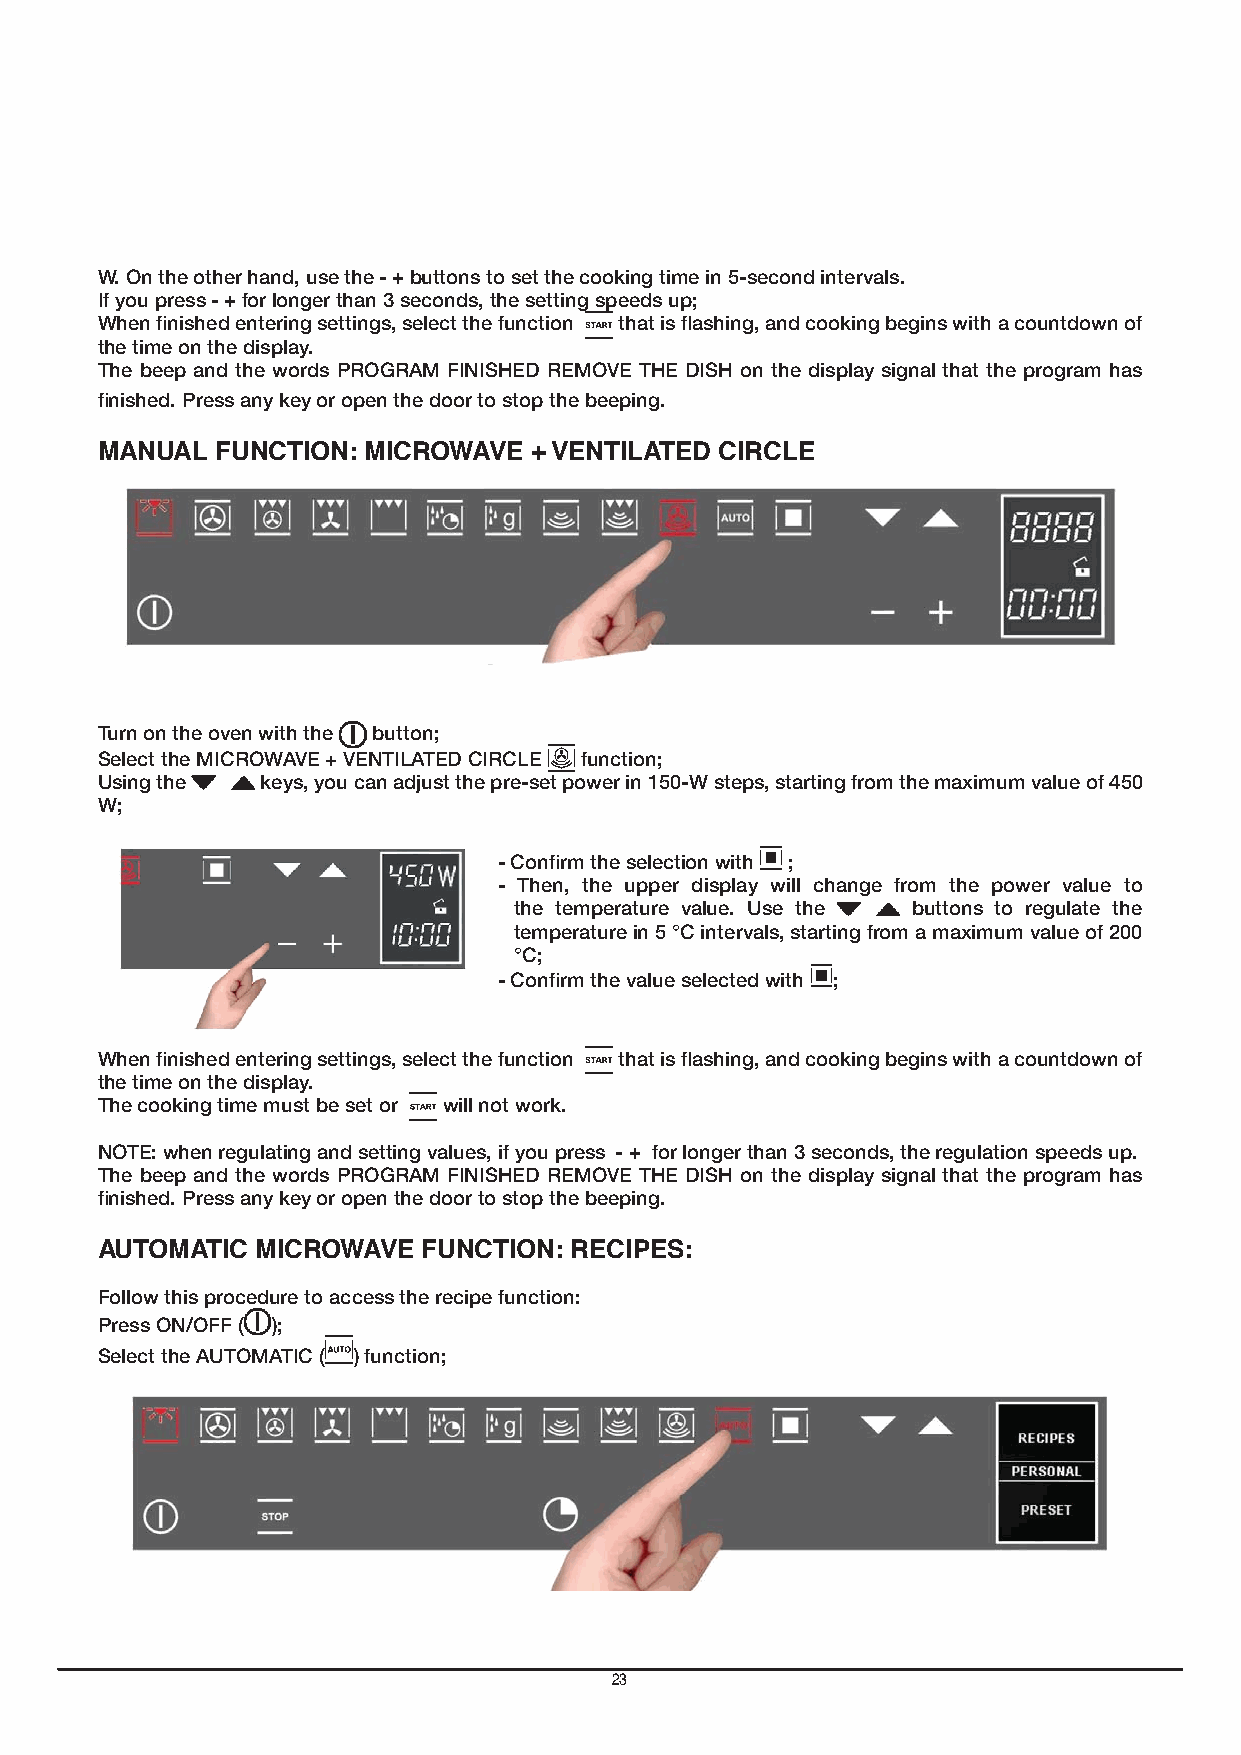
W. On the other hand, use the - + buttons to set the cooking time in 5-second intervals.
 If you press - + for longer than 3 seconds, the setting speeds up;
 When finished entering settings, select the function that is flashing, and cooking begins with a countdown of
 the time on the display.
 The beep and the words PROGRAM FINISHED REMOVE THE DISH on the display signal that the program has
 finished. Press any key or open the door to stop the beeping.
 MANUAL  FUNCTION: MICROWAVE  + VENTILATED CIRCLE
 Turn on the oven with the button;
 Select the MICROWAVE + VENTILATED CIRCLE function;
 Using the  keys, you can adjust the pre-set power in 150-W steps, starting from the maximum value of 450
 W;
 - Confirm the selection with ;
 - Then, the upper display will change from the power value to
 the temperature value. Use the buttons to regulate the
 temperature in 5 °C intervals, starting from a maximum value of 200
 °C;
 - Confirm the value selected with ;
 When finished entering settings, select the function that is flashing, and cooking begins with a countdown of
 the time on the display.
 The cooking time must be set or will not work.
 NOTE: when regulating and setting values, if you press - + for longer than 3 seconds, the regulation speeds up.
 The beep and the words PROGRAM FINISHED REMOVE THE DISH on the display signal that the program has
 finished. Press any key or open the door to stop the beeping.
 AUTOMATIC  MICROWAVE  FUNCTION: RECIPES:
 Follow this procedure to access the recipe function:
 Press ON/OFF ( );
 Select the AUTOMATIC ( ) function;
 23